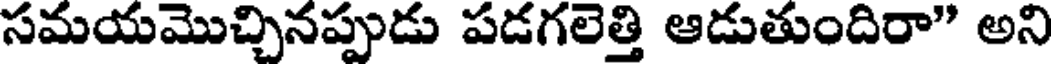
సమయమొచ్చినప్పుడు పడగలెత్తి ఆడుతుందిరా" అని